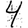
Digit: 4